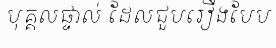
បុគ្គលផ្ទាល់ ដែលជួបរឿងបែប